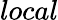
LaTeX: local